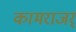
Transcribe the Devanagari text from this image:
कामराजर्